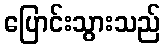
ပြောင်းသွားသည်